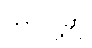
ဘာလို့ဆို